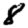
Digit: 8